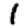
Digit: 1